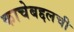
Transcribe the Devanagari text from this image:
काचेबद्दलची